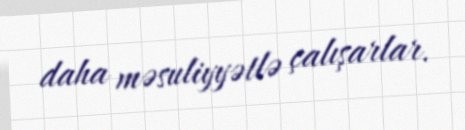
daha məsuliyyətlə çalışarlar.